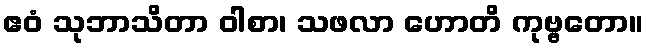
ဧဝံ သုဘာသိတာ ဝါစာ၊ သဖလာ ဟောတိ ကုဗ္ဗတော။